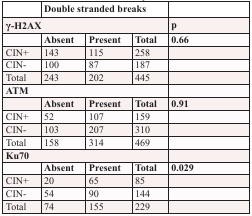
<table><thead><tr><td></td><td colspan="3"><b>Double stranded breaks</b></td><td></td></tr><tr><td colspan="4"><b>γ-H2AX</b></td><td><b>p</b></td></tr><tr><td></td><td><b>Absent</b></td><td><b>Present</b></td><td><b>Total</b></td><td><b>0.66</b></td></tr></thead><tbody><tr><td>CIN+</td><td>143</td><td>115</td><td>258</td><td></td></tr><tr><td>CIN-</td><td>100</td><td>87</td><td>187</td><td></td></tr><tr><td>Total</td><td>243</td><td>202</td><td>445</td><td></td></tr><tr><td colspan="4"><b>ATM</b></td><td></td></tr><tr><td></td><td><b>Absent</b></td><td><b>Present</b></td><td><b>Total</b></td><td><b>0.91</b></td></tr><tr><td>CIN+</td><td>52</td><td>107</td><td>159</td><td></td></tr><tr><td>CIN-</td><td>103</td><td>207</td><td>310</td><td></td></tr><tr><td>Total</td><td>158</td><td>314</td><td>469</td><td></td></tr><tr><td colspan="4"><b>Ku70</b></td><td></td></tr><tr><td></td><td><b>Absent</b></td><td><b>Present</b></td><td><b>Total</b></td><td><b>0.029</b></td></tr><tr><td>CIN+</td><td>20</td><td>65</td><td>85</td><td></td></tr><tr><td>CIN-</td><td>54</td><td>90</td><td>144</td><td></td></tr><tr><td>Total</td><td>74</td><td>155</td><td>229</td><td></td></tr></tbody></table>